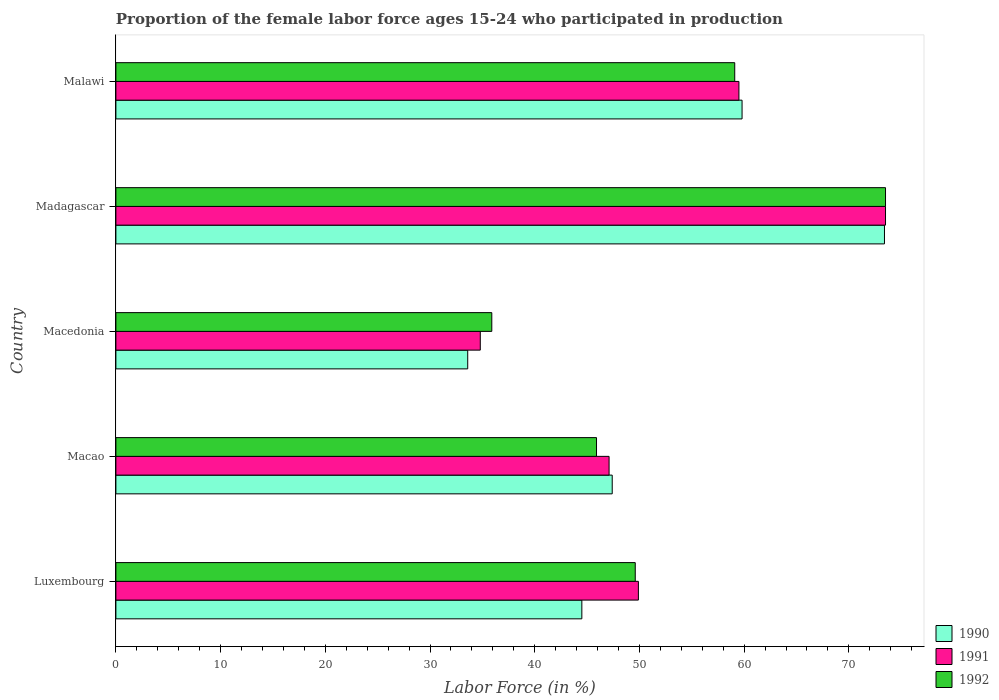
| Country | 1990 | 1991 | 1992 |
 | --- | --- | --- | --- |
 | Luxembourg | 44.5 | 49.9 | 49.6 |
 | Macao | 47.4 | 47.1 | 45.9 |
 | Macedonia | 33.6 | 34.8 | 35.9 |
 | Madagascar | 73.4 | 73.5 | 73.5 |
 | Malawi | 59.8 | 59.5 | 59.1 |